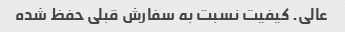
عالی. کیفیت نسبت به سفارش قبلی حفظ شده